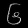
Digit: ၆